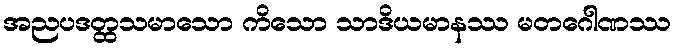
အညပဒတ္ထသမာသော ကိသော သာဒိယမာနဿ မတဂေါဏဿ